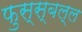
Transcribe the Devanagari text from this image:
फुस्स्बल्ल